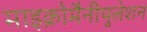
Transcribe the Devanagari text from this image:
माइक्रोमैनीपुलेशन